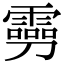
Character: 𠠢